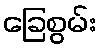
ခြေစွမ်း